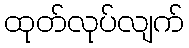
ထုတ်လုပ်လျက်